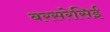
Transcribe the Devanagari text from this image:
बरसरेसिई